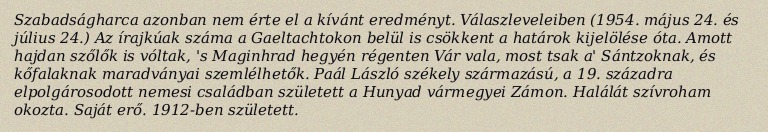
Szabadságharca azonban nem érte el a kívánt eredményt. Válaszleveleiben (1954. május 24. és július 24.) Az írajkúak száma a Gaeltachtokon belül is csökkent a határok kijelölése óta. Amott hajdan szőlők is vóltak, 's Maginhrad hegyén régenten Vár vala, most tsak a' Sántzoknak, és kőfalaknak maradványai szemlélhetők. Paál László székely származású, a 19. századra elpolgárosodott nemesi családban született a Hunyad vármegyei Zámon. Halálát szívroham okozta. Saját erő. 1912-ben született.